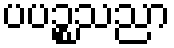
ပပဉ္စသညာ